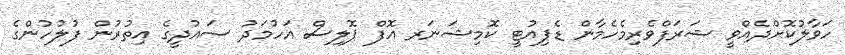
ހަވާލުކޮށްދެއްވީ ޝަރަފްވެރިމެހެމާން ޑެޕިއުޓީ ކޮމިޝަނަރ އޮފް ޕޮލިސް އަހުމަދު ސައުދީގެ އިތުރުން ފުލުހުންގެ